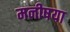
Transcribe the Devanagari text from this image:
मनीषया